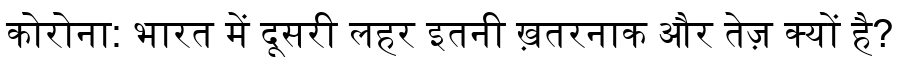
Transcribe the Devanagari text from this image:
कोरोना: भारत में दूसरी लहर इतनी ख़तरनाक और तेज़ क्यों है?